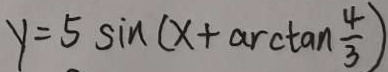
y = 5 \sin ( x + a r t \tan \frac { 4 } { 3 } )